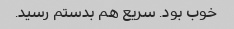
خوب بود. سریع هم بدستم رسید. ‌